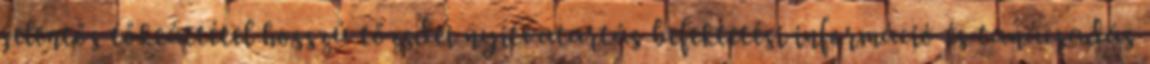
jelentős tőkeáttétel hosszú tőzsdei nyitvatartás befektetési információ és tanácsadás